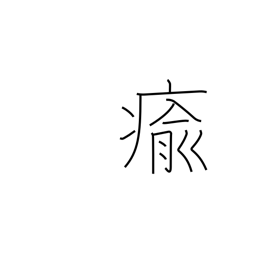
Meaning: get well